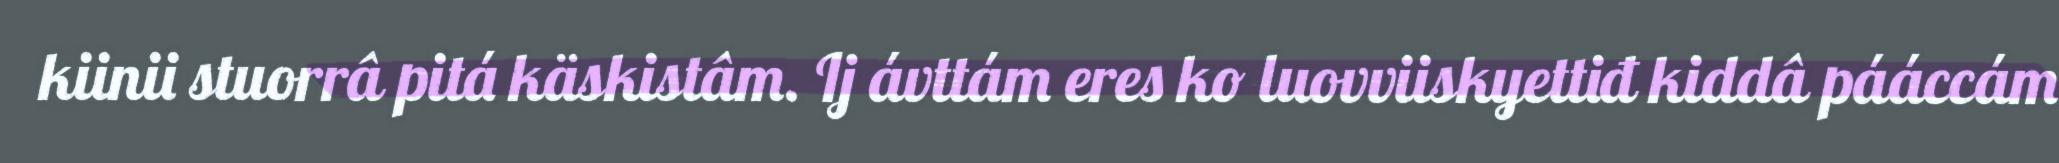
kiinii stuorrâ pitá käskistâm. Ij ávttám eres ko luovviiskyettiđ kiddâ pááccám